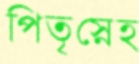
পিতৃস্নেহ